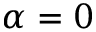
\alpha = 0